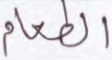
الطعام